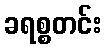
ခရစ္စတင်း